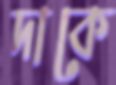
দাকে